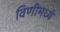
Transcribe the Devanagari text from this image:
विणीमध्ये